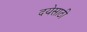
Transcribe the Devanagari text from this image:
दयेसाठी